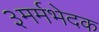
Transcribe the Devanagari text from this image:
३मर्मभेदक